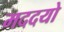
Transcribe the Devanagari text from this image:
मददयो